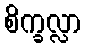
စိက္ခလ္လာ